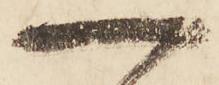
一